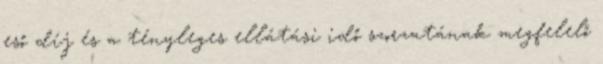
eső díj és a tényleges ellátási idő szorzatának megfelelő